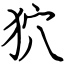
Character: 狖